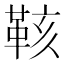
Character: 𮧙